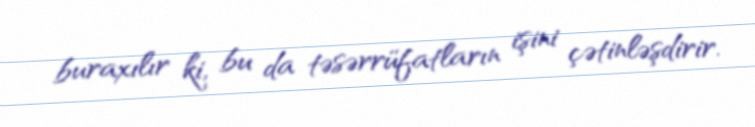
buraxılır ki, bu da təsərrüfatların işini çətinləşdirir.